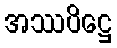
အဿပိဋ္ဌေ